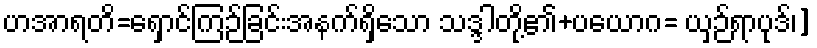
ဟအာရတိ=ရှောင်ကြဉ်ခြင်းအနက်ရှိသော သဒ္ဒါတို့၏+ပယောဂ= ယှဉ်ရာပုဒ်၊]